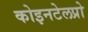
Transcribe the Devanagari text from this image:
कोइनटेलप्रो